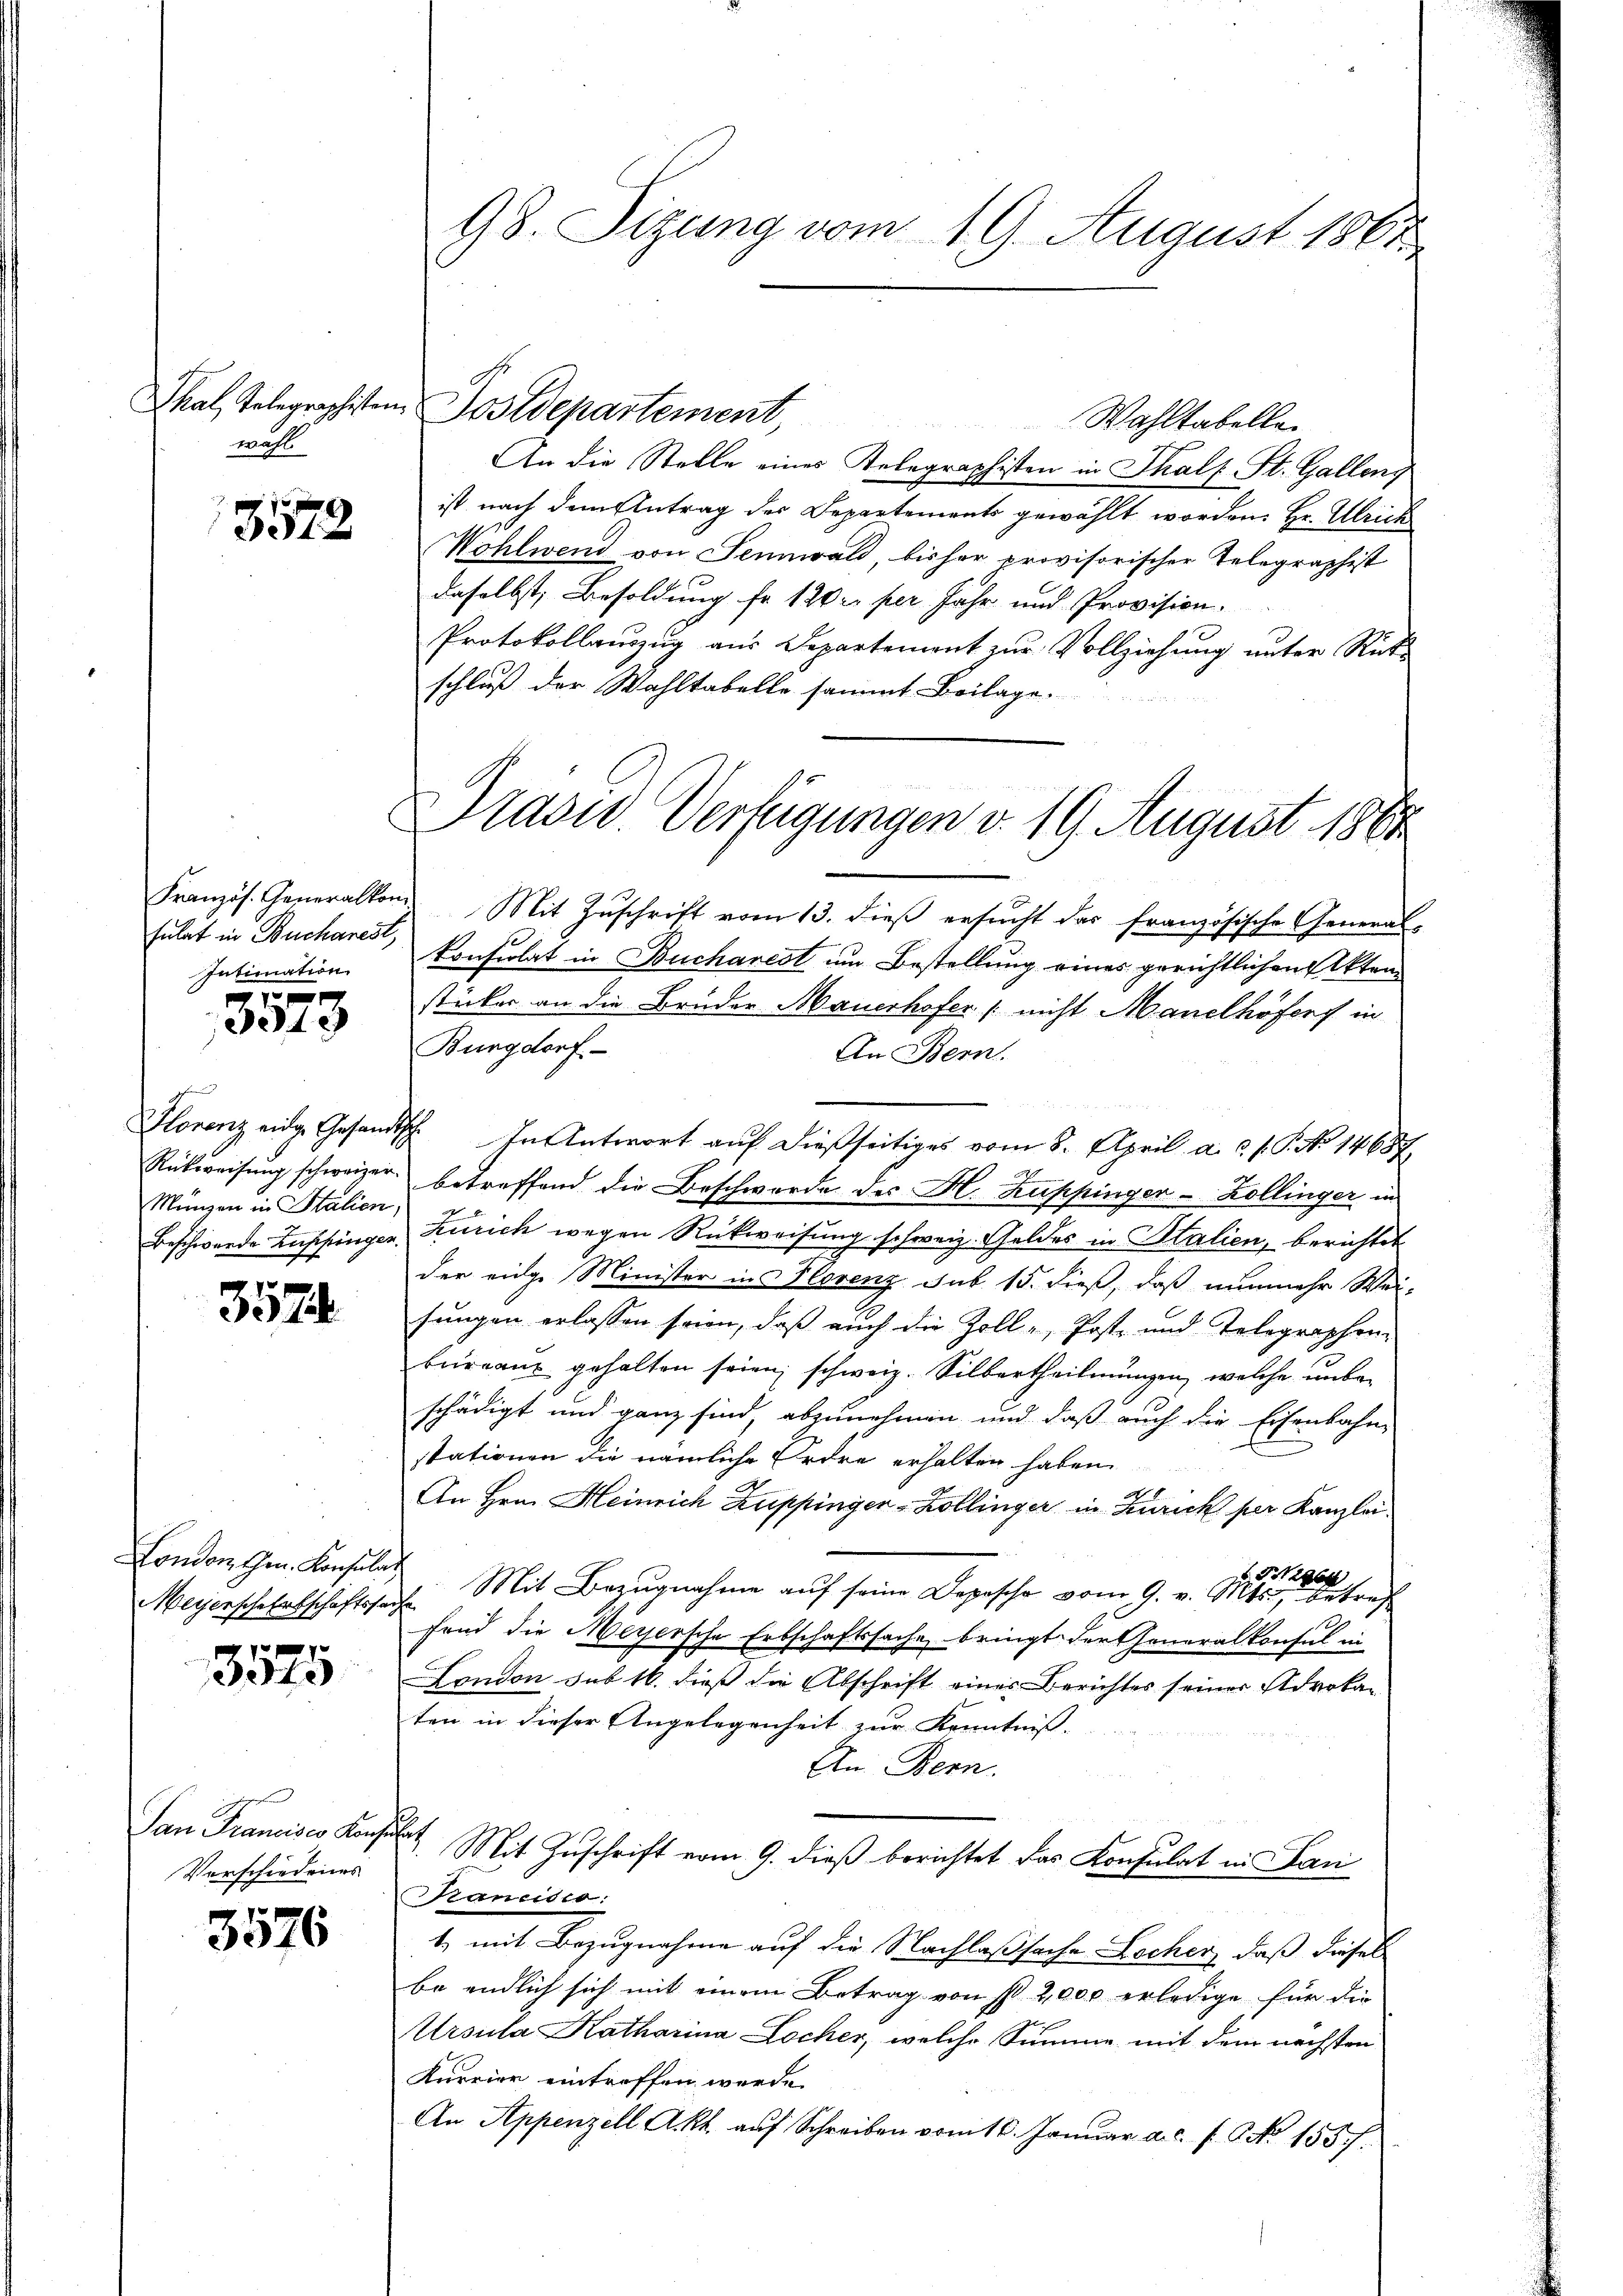
wahl

8572

sulat in Bucharest,
Intimation.
1

3040

h
Münzen in Stalien,

3574

London, Gen. Konsuln

8575

San Francier Konsulat
Vorschiedenes

3576

An die Stelle eines Telegraphisten in Thalf St. Gallen
ist nach dem Antrag des Departements gewählt worden. Hr. Ulrich
Wohlwend von Sennwald bisher provisorischer Telegraphist
daselbst, Besoldung fr. 120 l. per Jahr und Provision.
Protokollanzzug aus Departement zur Vollziehung unter Rück
schluß der Wahltabelle sammt Beilage.
Französ. Generalton. Mit Zŭschrift vom 13. dieβ ersŭcht das französische General-
konsulat in Bucharest um Bestellung eines gerichtlichen Akten
sticker an die Brüder Mauerhofer (nicht Manelhöfers in
Bungdorf.
An Bern.
HHorenz eige Gesandtsch. In Antwort auf dießseitiges vom 8. April a. c. s. S. No 14687.
Rückweisŭng schweizer betreffend die Beschwerde des H. Zuppinger-Zollinger, in
Beschwerde Zuschingen Zürich wegen Rückweisung schweiz. Geldes in Italien, berichtet
der eidge Minister ins Florenz sub 15. dieß, daß nunmehr Wei-
fungen erlassen soin, daß auch die Zoll-, Post- und Telographen-
bureau gehalten seien, schweiz. Silbertheilungen, welche unbeschädigt und ganz sind, abzunehmen und daß auch die Eisenbahn-
stationen die nämliche Erdre erhalten haben.
An Hrn. Heinrich Zuppinger-Zollinger in Zürich per Kanzlei¬
 Nabh
Weyerscheintschäftssacht. Mit Bezŭgnahme aŭf seine Depesche vom 9. v. Mts., betref
fend die Meyersche Erbschaftssache bringt der Generalkonsul in
London sub 16. dieß die Abschrift eines Berichtes seiner Advokan
ten in dieser Angelegenheit zur Kenntniss.
An Bern.
Mit Zuschrift vom 9. dieß berichtet das Konsulat in Lan
Krancisco:
1, mit Bezugnahme auf die Nachlaßsache Locher, daß diesel
be endlich sich mit einem Betrag von ist 2,000 erledige für die
Ursula Katharina Locher, welche Summe mit dem nächsten
Kurrier eintroffen werde.
An Appenzell Akt. aŭf Schreiben vom 16. Janŭar a. c. f. No 155 f.

98. Sizung vom 19. August 1861

Thal, Telegraphisten Postdepartement,

Wahltabellen

Drasw. Verfügungen v. 19. August 1860